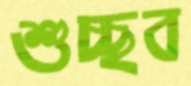
শুচ্ছব